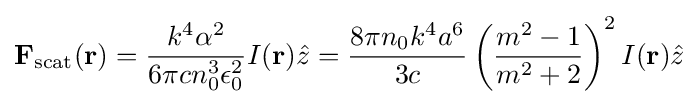
\mathbf {F} _{\text{scat}}(\mathbf {r} )={\frac {k^{4}\alpha ^{2}}{6\pi cn_{0}^{3}\epsilon _{0}^{2}}}I(\mathbf {r} ){\hat {z}}={\frac {8\pi n_{0}k^{4}a^{6}}{3c}}\left({\frac {m^{2}-1}{m^{2}+2}}\right)^{2}I(\mathbf {r} ){\hat {z}}